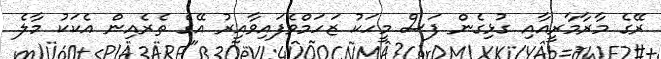
ރޭގެ މާރާމާރީއާއި ގުޅިގެން ފަސް މީހަކު ޒަހަމްވެފައިވާއިރު އޭގެ ތެރެއިން އެކަކު މާލެ